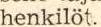
henkilöt.